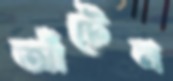
আঁটেন